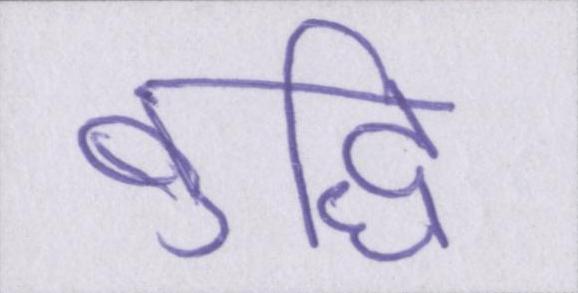
बुद्धि